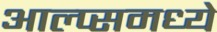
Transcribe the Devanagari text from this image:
आल्प्समध्ये